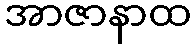
အာဇာနာထ